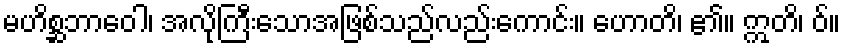
မဟိစ္ဆဘာဝေါ၊ အလိုကြီးသောအဖြစ်သည်လည်းကောင်း။ ဟောတိ၊ ၏။ ဣတိ၊ ဝ်။